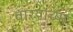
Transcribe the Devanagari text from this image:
वार्‍यांच्या